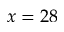
x = 2 8